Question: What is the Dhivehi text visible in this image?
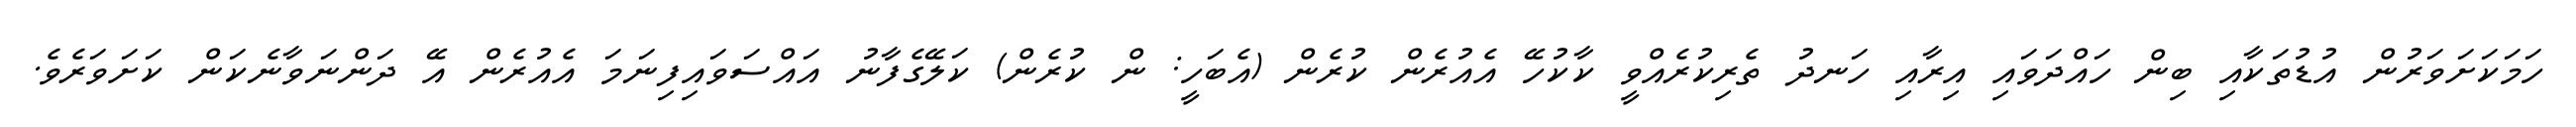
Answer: ހަމަކަށަވަރުން އުޑުތަކާއި ބިން ހައްދަވައި އިރާއި ހަނދު ތެރިކުރެއްވީ ކާކުހޭ އެއުރެން ކުރެން (އެބަހީ: ން ކުރެން) ކަލޭގެފާނު އައްސަވައިފިނަމަ އެއުރެން އޭ ދަންނަވާނެކަން ކަށަވަރެވެ.